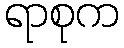
ရာစုက